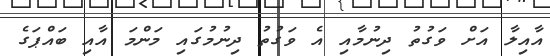
އާއިލާ އަށް ވަގުތު ދިނުމާއި އެ ވަގުތު ދިނުމުގައި މަންމަ އާއި ބައްޕަގެ